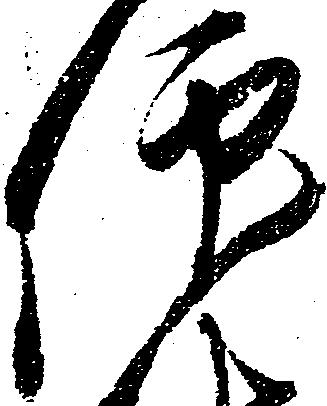
仰